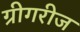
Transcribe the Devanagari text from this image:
ग्रीगरीज